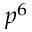
p ^ { 6 }